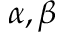
\alpha , \beta